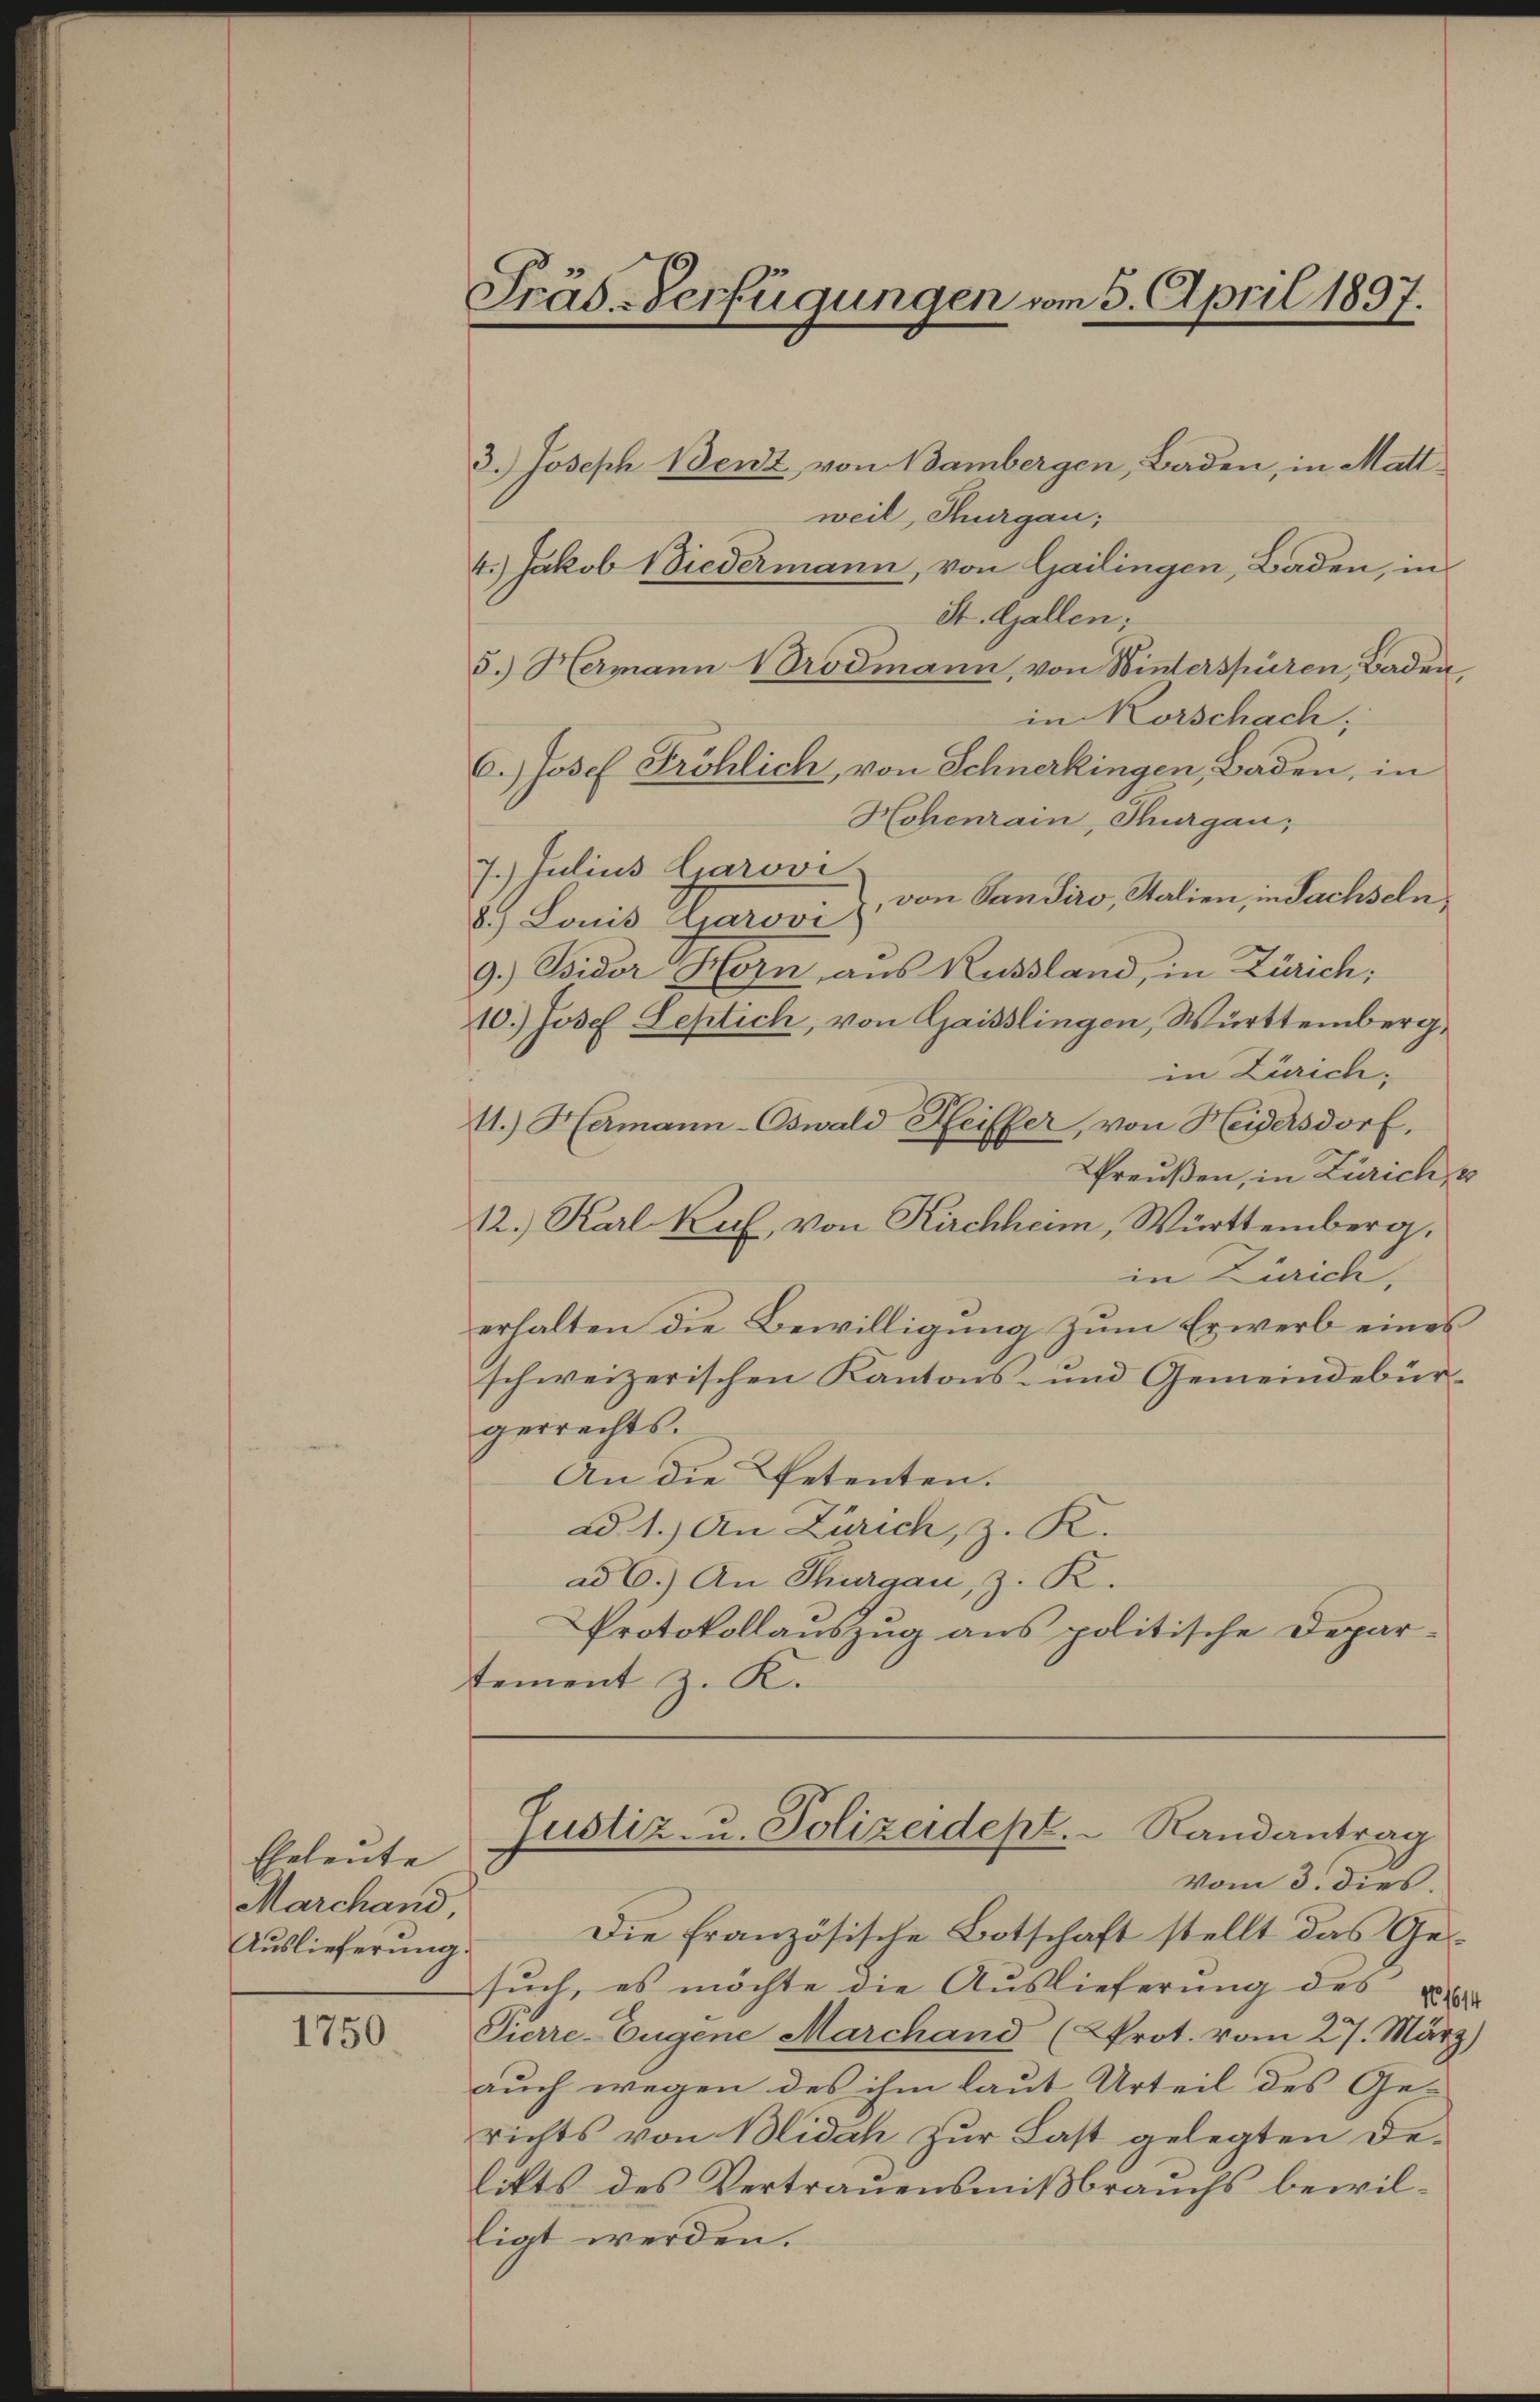
Eheleute
Marchand,
Auslieferung.

1750

Präs.-Verfügungen vom 5. April 1897.

3.) Joseph Benz von Bambergen, Baden, in Mattweil, Thurgau:
4.) Jakob Biedermann, von Gailingen, Baden, in
St. Gallen;
5.) Hermann Brodmann, von Winterspüren, Baden
in Korschach;
6.) Josef Fröhlich, von Schnerkingen, Baden, in
Hohenrain, Thurgau,
7. Julius Carovi
von Sandiro, Stalien, in Sachseln,
8.) Louis Garovi
9.) Bidor Horn aus Russland, in Zürich:
10.) Josef Leptich, von Gaisslingen, Württemberg,
in Zürich
11.) Hermann-Oswald Heiffer, von Heidersdorf,
Preußen, in Zürich, u
12.) Karl Kuh, von Kirchheim, Württemberg.
in Zürich,
erhalten die Bewilligung zum Erwerb eines
schweizerischen Kantons- und Gemeindebürgerrechts.
An die Petenten.
ad 1.) An Zürich, z. K.
ad 6.) An Thurgau, z. K.
Protokollauszug aus politische Departement z. K.

Justiz- u. Polizeidept. Randantrag
Vom 3. dies.

Die französische Botschaft stellt das Gesŭch, es möchte die Auslieferung des u
Tierre-Eugene Marchand (Prot. vom 27. März)
auch wegen des ihm laut Urteil des Gerichts von Blidah zur Last gelegten Delikts des Vertrauensmißbrauchs bewilligt werden.